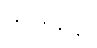
တတြဋ္ဌော